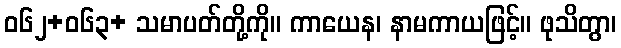
ဝ၆၂+၀၆၃+ သမာပတ်တို့ကို။ ကာယေန၊ နာမကာယဖြင့်။ ဖုသိတွာ၊